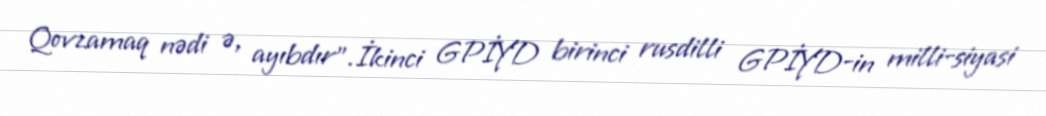
Qovzamaq nədi ə, ayıbdır”.İkinci GPİYD birinci rusdilli GPİYD-in milli-siyasi